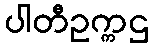
ပါတီဥက္ကဌ